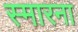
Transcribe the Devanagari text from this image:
स्मारना